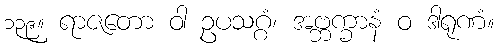
၁၃၉။ ရာဇတော ဝါ ဥပသဂ္ဂံ၊ အဗ္ဘက္ခာနံ ဝ ဒါရုဏံ။